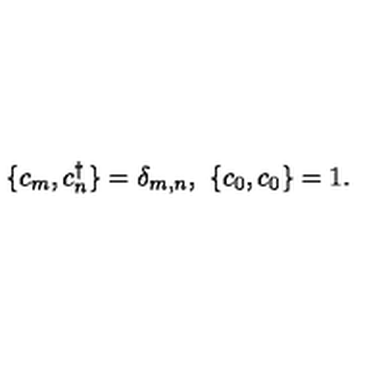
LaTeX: \{ c _ { m } , c _ { n } ^ { \dagger } \} = \delta _ { m , n } , \ \{ c _ { 0 } , c _ { 0 } \} = 1 .